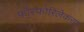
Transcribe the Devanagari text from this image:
फॉस्फोरिलेकरण